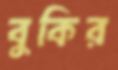
বুকির